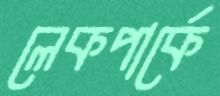
লেকপার্কে